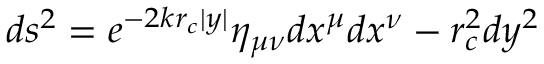
d s ^ { 2 } = e ^ { - 2 k r _ { c } \vert y \vert } \eta _ { \mu \nu } d x ^ { \mu } d x ^ { \nu } - r _ { c } ^ { 2 } d y ^ { 2 }